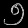
Digit: ၅